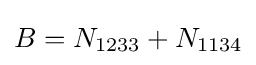
B=N_{1233}+N_{1134}